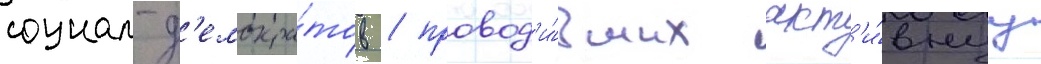
социал-д'емокра́тов / провод'и́вших акт'и́внуу